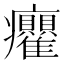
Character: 𭼻